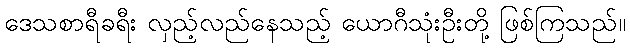
ဒေသစာရီခရီး လှည့်လည်နေသည့် ယောဂီသုံးဦးတို့ ဖြစ်ကြသည်။